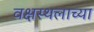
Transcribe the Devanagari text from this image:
वक्षस्थलाच्या